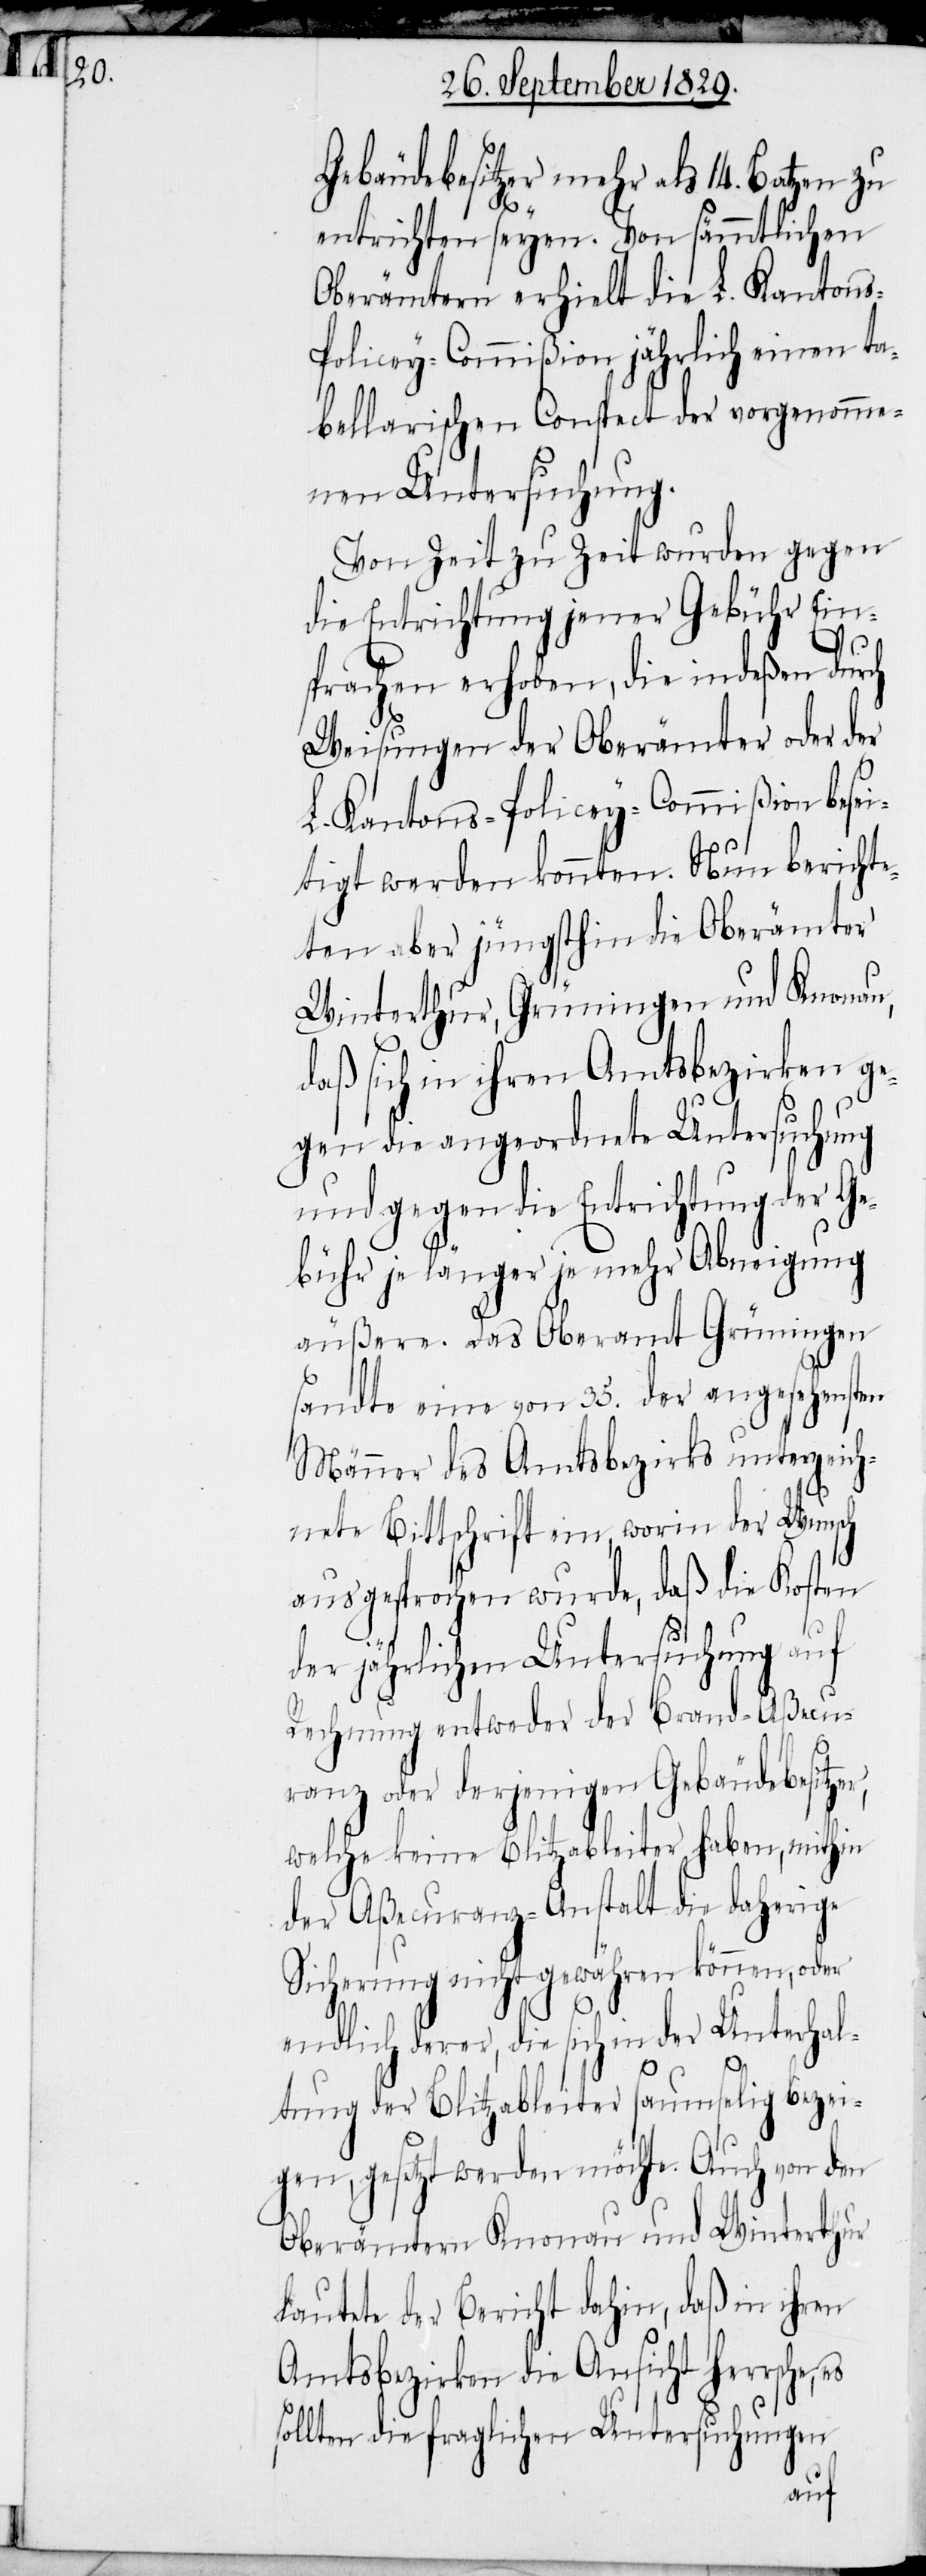
Gebäudebesitzer mehr als 14. Batzen zu
entrichten seyen. Von sämmtlichen
Oberämtern erhielt die L. Kantons-P¬
olicey-Commißion jährlich einen ta¬
bellarischen Conspect der vorgenomme¬
nen Untersuchung.
Von Zeit zu Zeit wurden gegen
die Entrichtung jener Gebühr Ein¬
sprachen erhoben, die indeßen durch
Weisungen der Oberämter oder der
L. Kantons-Policey-Commißion besei¬
tigt werden konnten. Nun berichte¬
ten aber jüngsthin die Oberämter
Winterthur, Grüningen und Knonau,
daß sich in ihren Amtsbezirken ge¬
gen die angeordnete Untersuchung
und gegen die Entrichtung der Ge¬
bühr je länger je mehr Abneigung
äußern. Das Oberamt Grüningen
sandte eine von 35. der angesehensten
Männer des Amtsbezirks unterzeich¬
nete Bittschrift ein, worin der Wunsch
ausgesprochen wurde, daß die Kosten
der jährlichen Untersuchung auf
Rechnung entweder der Brand-Aßecu¬
ranz oder derjenigen Gebäudebesitzer,
welche keine Blitzableiter haben, mithin
der Aßecuranz-Anstalt die daherige
Sicherung nicht gewähren können, oder
endlich derer, die sich in der Unterhal¬
tung der Blitzableiter saumselig bezei¬
gen, gesetzt werden möchte. Auch von den
Oberämtern Knonau und Winterthur
lautete der Bericht dahin, daß in ihren
Amtsbezirken die Ansicht herrsche,
sollten die fraglichen Untersuchungen